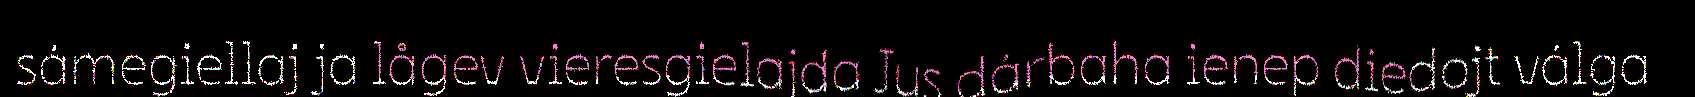
sámegiellaj ja lågev vieresgielajda Jus dárbaha ienep diedojt válga